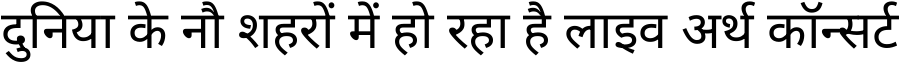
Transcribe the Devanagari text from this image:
दुनिया के नौ शहरों में हो रहा है लाइव अर्थ कॉन्सर्ट